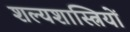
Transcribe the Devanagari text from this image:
शल्यशास्त्रियों